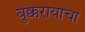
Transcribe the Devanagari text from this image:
बुक्करायाचा